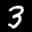
Label: 3